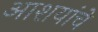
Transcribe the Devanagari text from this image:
आशयांचे